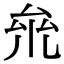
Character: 𠫱